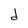
Character: d